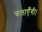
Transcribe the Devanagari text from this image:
चलाएँगी।